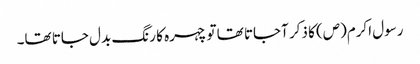
رسول اکرم(ص) کا ذکر آجاتا تھا تو چہرہ کا رنگ بدل جاتا تھا۔